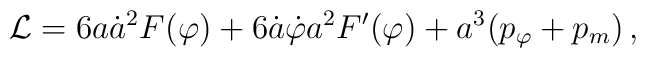
{\cal L} = 6a{\dot{a}}^{2} F(\varphi) + 6{\dot{a}}{\dot{\varphi}}a^{2}F'(\varphi) + a^{3}(p_{\varphi} + p_m) \,,